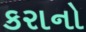
કરાનો